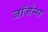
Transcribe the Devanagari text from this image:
जॉर्जेन्स